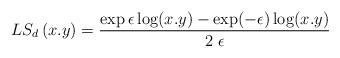
LaTeX: \begin{align*}LS_{d}\left(x.y\right)=\frac{\exp \epsilon \log (x.y)-\exp (-\epsilon) \log (x.y)}{2\;\epsilon}\end{align*}